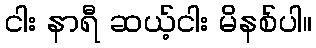
ငါး နာရီ ဆယ့်ငါး မိနစ်ပါ။